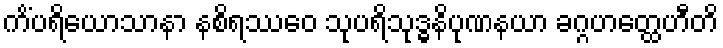
ကိံပရိယောသာနာ နစိရဿေဝ သုပရိသုဒ္ဓနိပုဏနယာ ခဂ္ဂဟတ္ထေဟီတိ